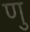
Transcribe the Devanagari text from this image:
णु